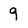
Character: 9